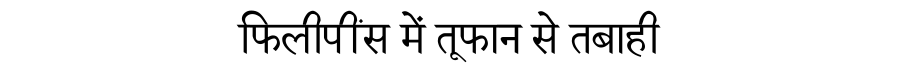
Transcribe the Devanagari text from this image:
फिलीपींस में तूफान से तबाही